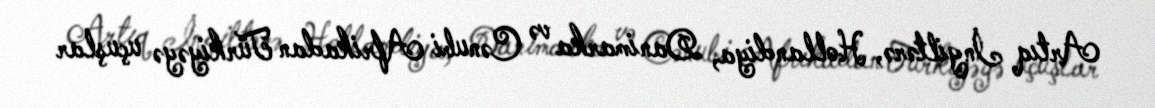
Artıq İngiltərə, Hollandiya, Danimarka və Cənubi Afrikadan Türkiyəyə uçuşlar